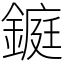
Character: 𨫆